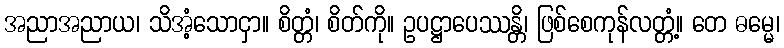
အညာအညာယ၊ သိအံ့သောငှာ။ စိတ္တံ၊ စိတ်ကို။ ဥပဋ္ဌာပေဿန္တိ၊ ဖြစ်စေကုန်လတ္တံ့။ တေ ဓမ္မေ၊